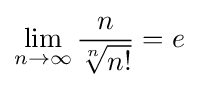
\lim _{n\to \infty }{\frac {n}{\sqrt[{n}]{n!}}}=e